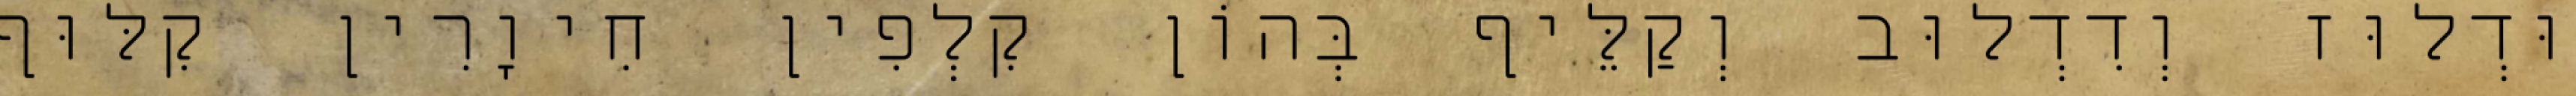
וּדְלוּז וְדִדְלוּב וְקַלֵּיף בְּהוֹן קִלְפִין חִיוָרִין קִלּוּף